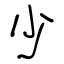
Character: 少